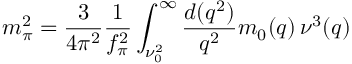
m _ { \pi } ^ { 2 } = \frac { 3 } { 4 \pi ^ { 2 } } \frac { 1 } { f _ { \pi } ^ { 2 } } \int _ { \nu _ { 0 } ^ { 2 } } ^ { \infty } \frac { d ( q ^ { 2 } ) } { q ^ { 2 } } m _ { 0 } ( q ) \, \nu ^ { 3 } ( q )